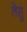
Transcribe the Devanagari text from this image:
तेसु